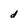
Character: d